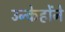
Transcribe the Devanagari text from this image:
उन्केहोंने